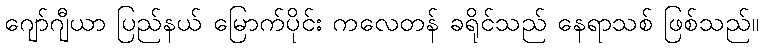
ဂျော်ဂျီယာ ပြည်နယ် မြောက်ပိုင်း ကလေတန် ခရိုင်သည် နေရာသစ် ဖြစ်သည်။